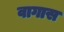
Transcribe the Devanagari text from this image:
वागास